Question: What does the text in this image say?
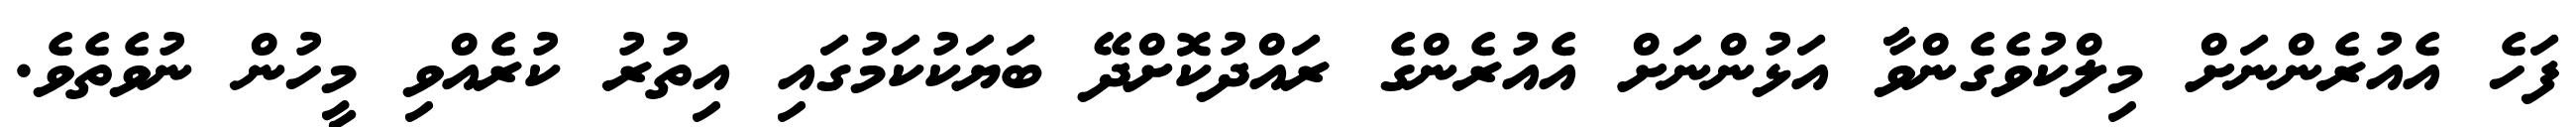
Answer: ފަހެ އެއުރެންނަށް މިލްކުވެގެންވާ އަޅުންނަށް އެއުރެންގެ ރައްދުކޮށްދޭ ބަޔަކުކަމުގައި އިތުރު ކުރެއްވި މީހުން ނުވެތެވެ.